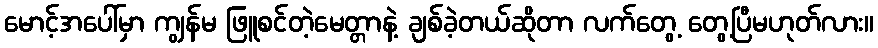
မောင့်အပေါ်မှာ ကျွန်မ ဖြူစင်တဲ့မေတ္တာနဲ့ ချစ်ခဲ့တယ်ဆိုတာ လက်တွေ့ တွေ့ပြီမဟုတ်လား။